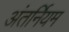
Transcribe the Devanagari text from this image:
अंतर्नियम